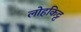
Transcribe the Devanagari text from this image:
लोहकिट्ट